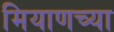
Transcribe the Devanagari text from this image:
मियाणच्या